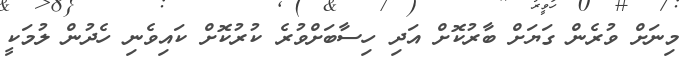
މިނަށް ވުރެން ގަޔަށް ބާރުކޮށް އަދި ހިސާބަށްވުރެ ކުރުކޮށް ކައިވެނި ހެދުން ލުމަކީ